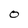
Character: O